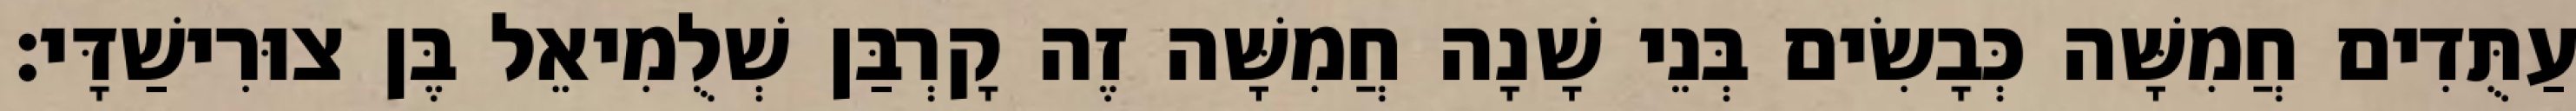
עַתֻּדִים חֲמִשָּׁה כְּבָשִׂים בְּנֵי שָׁנָה חֲמִשָּׁה זֶה קָרְבַּן שְׁלֻמִיאֵל בֶּן צוּרִישַׁדָּי׃